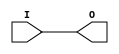
// $Header: /devl/xcs/repo/env/Databases/CAEInterfaces/verunilibs/data/unisims/BUFG.v,v 1.5 2005/03/14 22:32:51 yanx Exp $
///////////////////////////////////////////////////////////////////////////////
// Copyright (c) 1995/2004 Xilinx, Inc.
// All Right Reserved.
///////////////////////////////////////////////////////////////////////////////
//   ____  ____
//  /   /\/   /
// /___/  \  /    Vendor : Xilinx
// \   \   \/     Version : 8.1i (I.13)
//  \   \         Description : Xilinx Functional Simulation Library Component
//  /   /                  Global Clock Buffer
// /___/   /\     Filename : BUFG.v
// \   \  /  \    Timestamp : Thu Mar 25 16:42:14 PST 2004
//  \___\/\___\
//
// Revision:
//    03/23/04 - Initial version.
// End Revision

`timescale  100 ps / 10 ps


module BUFG (O, I);

    output O;

    input  I;

	buf B1 (O, I);


endmodule